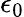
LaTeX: \epsilon_{\mathrm{0}}